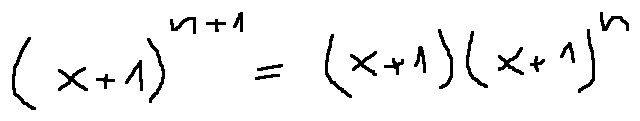
( x + 1 ) ^ { n + 1 } = ( x + 1 ) ( x + 1 ) ^ { n }